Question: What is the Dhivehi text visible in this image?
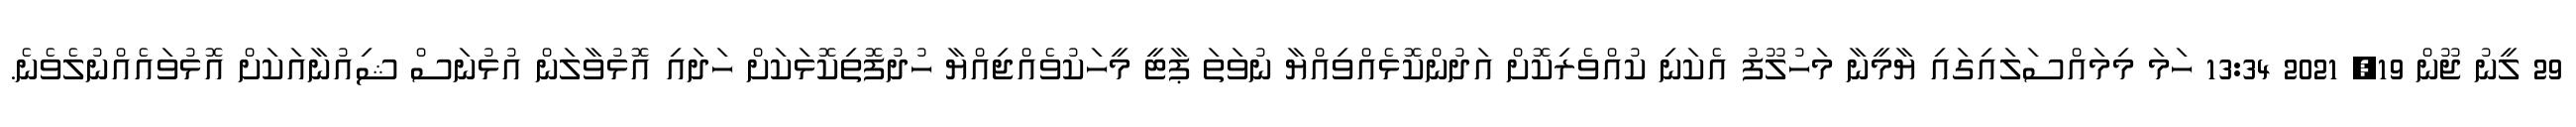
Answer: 29 ލީނު ޖޫން 19, 2021 13:34 ހަމަ މިމައްސަލައިގައި ޔާމީނާ މަހުލޫފު އެކަނި ކުއްވެރިކޮށް އަދުންކޮޅެއްވިއްޔާ ނުވަތަ ޕާޓީ މީހަކުވެއްޖިއްޔާ ހުދުފޮތިކޮޅަކަށް ހަދައި އޮޅުވާލަން އުޅުނަސް ޝިއުނާއަކަށް އޮޅުވައެއްނުލެވެނެ.